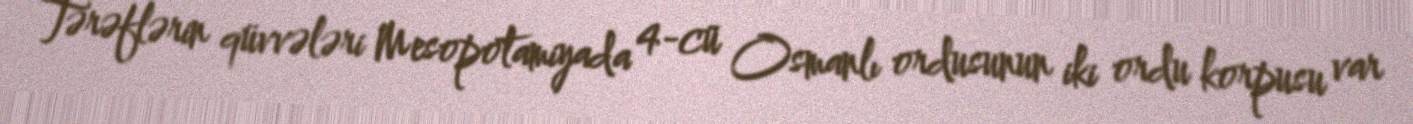
Tərəflərin qüvvələri Mesopotamiyada 4-cü Osmanlı ordusunun iki ordu korpusu var